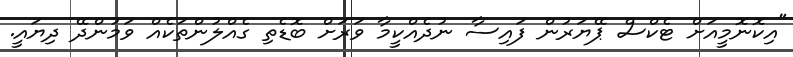
"އިކޮނޮމީއަށް ޓެކްސް ޕޭޔަރުން ފައިސާ ނުދެއްކީމާ ވަރަށް ބޮޑެތި ގެއްލުންތަކެއް ވަމުންދޭ ދިޔައީ.